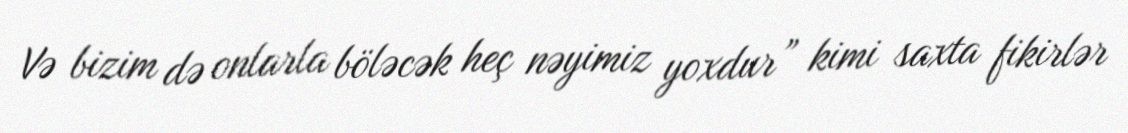
Və bizim də onlarla böləcək heç nəyimiz yoxdur” kimi saxta fikirlər